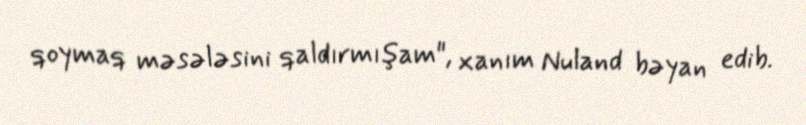
qoymaq məsələsini qaldırmışam", xanım Nuland bəyan edib.